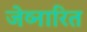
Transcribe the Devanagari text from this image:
जेव्नारित